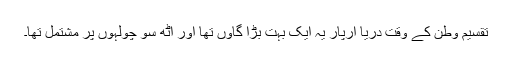
تقسیم وطن کے وقت دریا آرپار یہ ایک بہت بڑا گاؤں تھا اور آٹھ سو چْولہوں پر مشتمل تھا۔